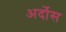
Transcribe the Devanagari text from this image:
अर्दोस